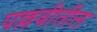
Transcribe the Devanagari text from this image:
पल्लवीतील